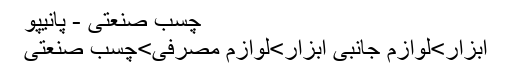
چسب صنعتی - پانیپو
ابزار>لوازم جانبی ابزار>لوازم مصرفی>چسب صنعتی